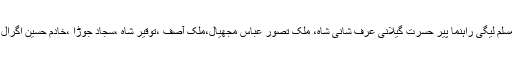
اس موقع پر مسلم لیگی راہنما پیر حسرت گیلانی عرف شانی شاہ، ملک تصور عباس مجھیال،ملک آصف ،توقیر شاہ ،سجاد جوڑا ،خادم حسین اگرال موجود تھے۔